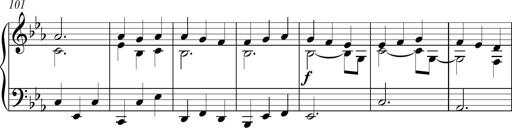
Title: Piano Sonatina in C
Composer: Daniel LÃ©o Simpson
Key: C major